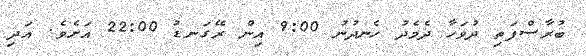
ބުރާސްފަތި ދުވަހާ ދެމެދު ހެނދުނު 9:00 އިން ރޭގަނޑު 22:00 އަށެވެ. އަދި